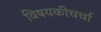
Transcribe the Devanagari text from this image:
विषयकीचर्चा